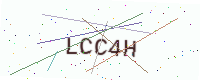
Text: LCC4H